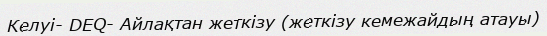
Келуі- DEQ- Айлақтан жеткізу (жеткізу кемежайдың атауы)